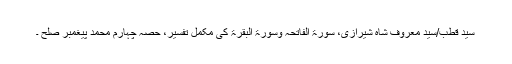
سید قطب/سید معروف شاہ شیرازی، سورۃ الفاتحہ وسورۃ البقرۃ کی مکمل تفسیر، حصہ چہارم محمدؐ پیغمبرِ صلح ۔